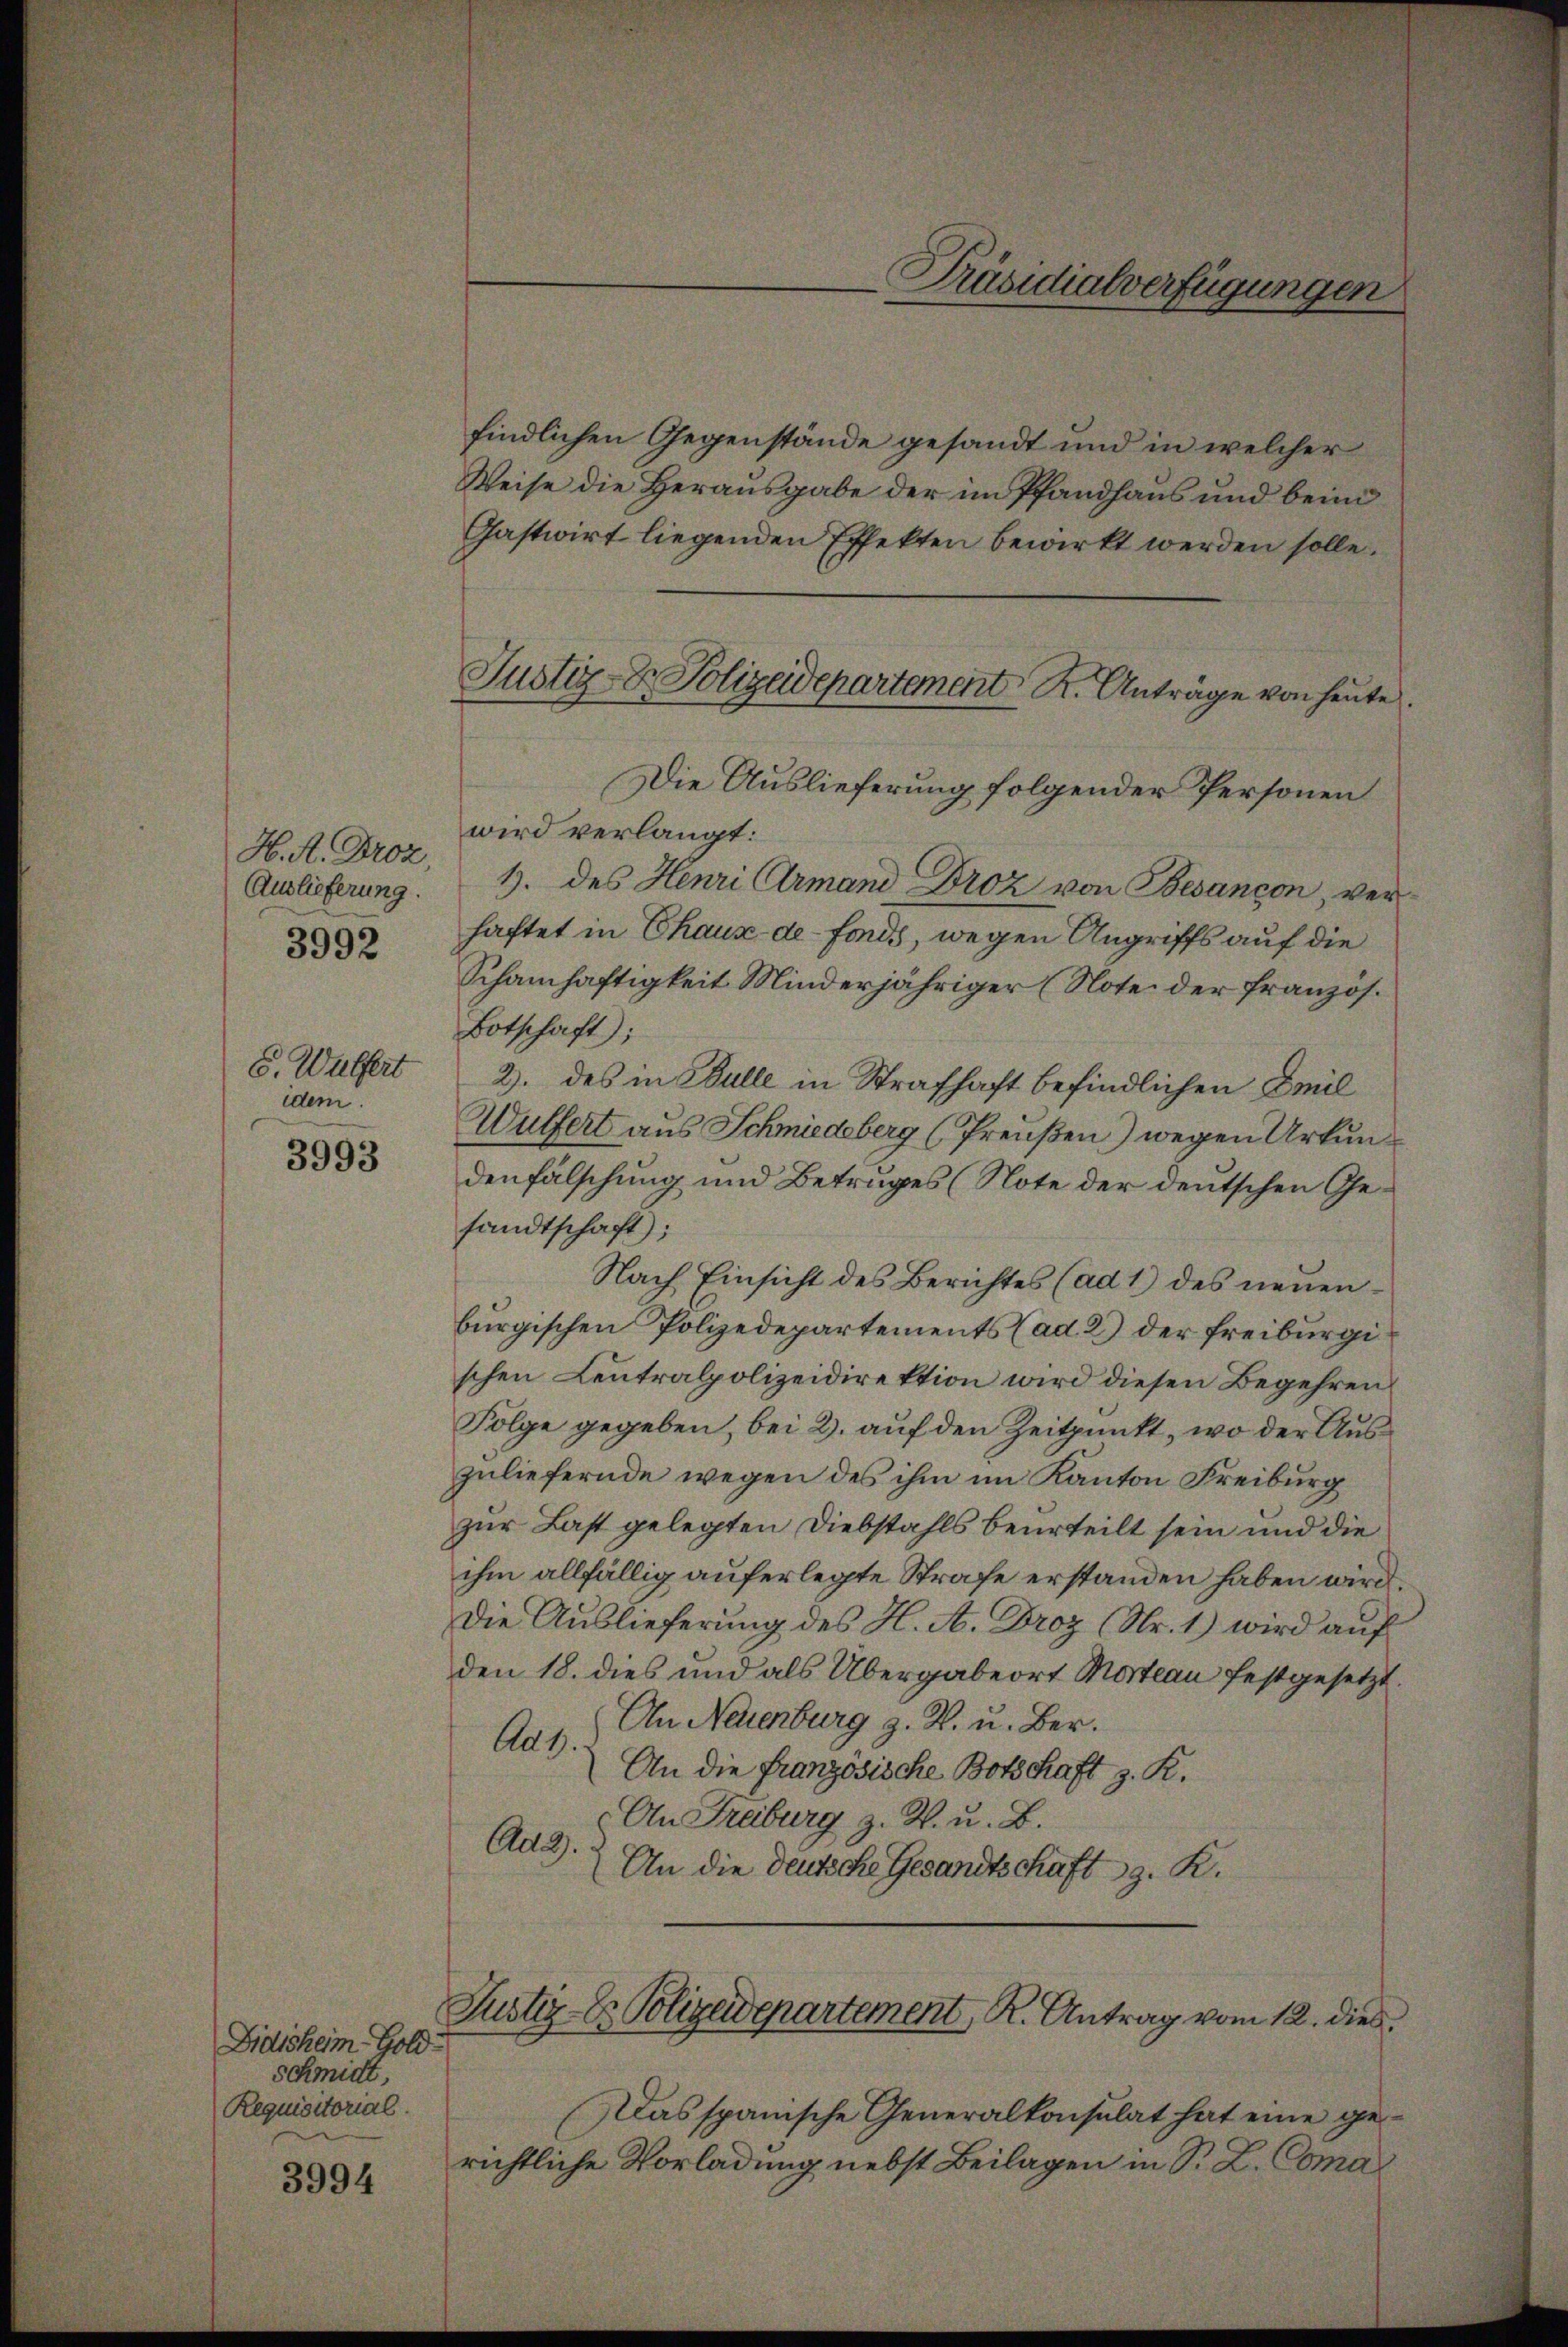
H. A. Droz.
3992

S. Wulfert
idem.

3993

Didisheim Gold
schmidt,
Requisitorial.

3994

findlichen Gegenstände gesandt und in welcher
Weise die Herausgabe der im Pfandhaus und beim
Gastwirt liegenden Effekten bewirkt werden solle.
Die Auslieferung folgender Personen
wird verlangt:
Auslieferung. 3. des Henri Armand Droz von Besançon, verhaftet in Chaus de fonds, wegen Angriffs auf die
Schamhaftigkeit Minderjähriger (Note der französ.
Botschaft;
2. des in Bulle in Strafhaft befindlichen Emil
Wulfert aus Schmiedeberg (Preußen) wegen Urkundenfälschung und Betruges (Note der deutschen Gesandtschaft;
Nach Einsicht des Berichtes (ad 1) des neuenburgischen Polizedepartements (ad. 2) der Freiburgischen Leutralpolizeidirektion wird diesen Begehren
Folge gegeben, bei 2. auf den Zeitpunkt, wo der Auszuliefernde wegen des ihm im Kanton Freiburg
zur Last gelegten Diebstahls beurteilt sein und die
ihm allfällig auferlegte Strafe erstanden haben wird.
Die Auslieferung des H. A. Droz (Nr. 1) wird auf
den 18. dies und als Übergabeort Marteau festgesetzt.
An Neuenburg z. R. u. Ber
Aug.
An die französische Botschaft z. R.
An Freiburg z. R. u. B.
Ad 2.
An die deutsche Gesandtschaft z. R.

Justiz- & Polizeidepartement K. Anträge von heute.

Das spanische Generalkonsulat hat eine gerichtliche Vorladung nebst Beilagen in Sr. L. Coma

Präsidialverfügungen

Justiz-Co Polizeidepartement, K. Antrag vom 12. dies